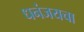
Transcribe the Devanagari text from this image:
धनंजयचा